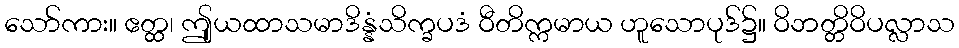
သော်ကား။ ဧတ္ထ၊ ဤုယထာသမာဒိန္နံသိက္ခပဒံ ဝီတိက္ကမာယ ဟူသောပုဒ်၌။ ဝိဘတ္တိဝိပလ္လာသ